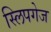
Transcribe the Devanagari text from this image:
स्लिपगेज